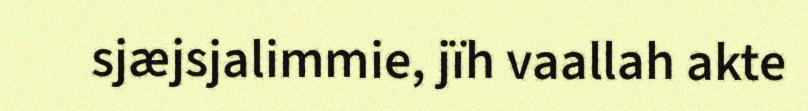
sjæjsjalimmie, jïh vaallah akte